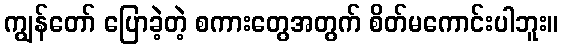
ကျွန်တော် ပြောခဲ့တဲ့ စကားတွေအတွက် စိတ်မကောင်းပါဘူး။